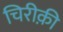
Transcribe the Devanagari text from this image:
चिरीक़ी